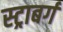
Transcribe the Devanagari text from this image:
स्ट्राबर्ग